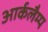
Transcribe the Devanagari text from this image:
आर्कलैम्प